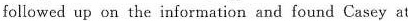
followed up on the information and